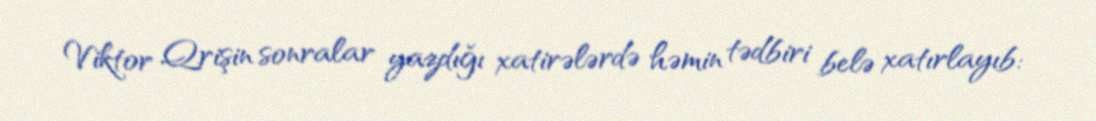
Viktor Qrişin sonralar yazdığı xatirələrdə həmin tədbiri belə xatırlayıb: